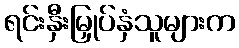
ရင်းနှီးမြှုပ်နှံသူများက